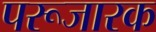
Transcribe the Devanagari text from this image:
परूजारक